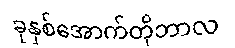
ခုနှစ်အောက်တိုဘာလ